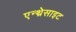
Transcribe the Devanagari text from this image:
एन्थ्रेसाइट